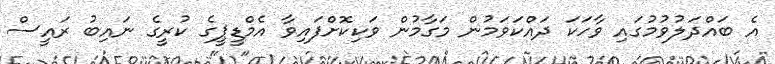
އެ ބައްދަލުވުމުގައި ވާހަކަ ދައްކަވަމުން މަގާމުން ވަކިކޮށްފައިވާ އެމްޑީޕީގެ ކުރީގެ ނައިބު ރައީސް